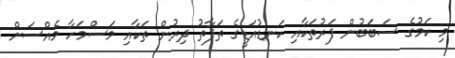
މި ކަމުގެ ސަބަބުން ފަރުތަކާއި ކަނޑުއަޑީގެ ތަފާތު ދިރުން ތަކާއި މަސްމަހާ މެއްސަށް